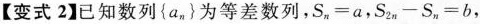
【变式2】已知数列{a_{n}}为等差数列，$$S _ { n } = a$$，$$S _ { 2 n } - S _ { n } = b$$，